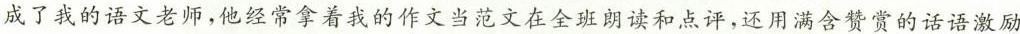
成了我的语文老师，他经常拿着我的作文当范文在全班朗读和点评，还用满含赞赏的话语激励